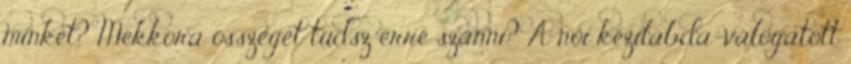
minket? Mekkora összeget tudsz erre szánni? A női kézilabda-válogatott